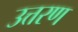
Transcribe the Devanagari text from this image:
उत्तरण